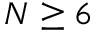
N \geq 6